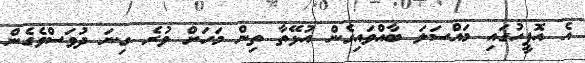
އެ އޮފީހުގައި މައްސަލަ ބާއްވައިގެން އުޅޭތާ ތިން މަހަށް ވުރެ ގިނަ ދުވަސްވެގެން